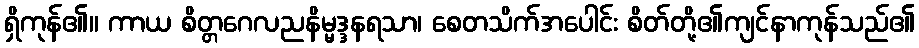
ရှိကုန်၏။ ကာယ စိတ္တဂေလညနိမ္မဒ္ဒနရသာ၊ စေတသိက်အပေါင်း စိတ်တို့၏ကျင်နာကုန်သည်၏